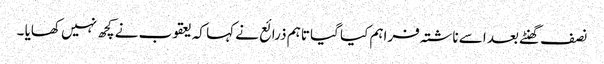
نصف گھنٹے بعد اسے ناشتہ فراہم کیا گیا تاہم ذرائع نے کہا کہ یعقوب نے کچھ نہیں کھایا ۔